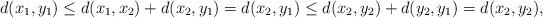
LaTeX: \begin{align*}d(x_1, y_1) \leq d(x_1, x_2) + d(x_2, y_1) = d(x_2, y_1) \leq d(x_2, y_2) + d(y_2, y_1) = d(x_2, y_2),\end{align*}